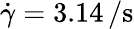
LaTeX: \dot{\gamma}=3.14\, \mathrm{/s}